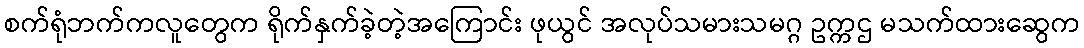
စက်ရုံဘက်ကလူတွေက ရိုက်နှက်ခဲ့တဲ့အကြောင်း ဖုယွင် အလုပ်သမားသမဂ္ဂ ဥက္ကဌ မသက်ထားဆွေက